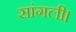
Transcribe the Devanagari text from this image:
सांगली।